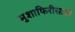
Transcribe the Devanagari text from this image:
मुशाफिरीसाठी